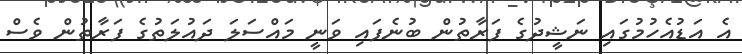
އެ އަޑުއެހުމުގައި ނަޝީދުގެ ފަރާތުން ބުނެފައި ވަނީ މައްސަލަ ދައުލަތުގެ ފަރާތުން ވެސް